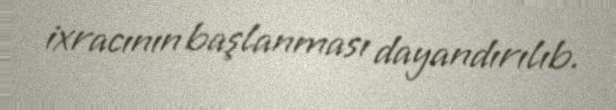
ixracının başlanması dayandırılıb.